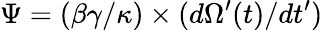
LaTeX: \Psi=(\beta\gamma/\kappa)\times(d\Omega^{\prime}(t)/dt^{\prime})